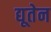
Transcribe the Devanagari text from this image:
द्यूतेन